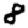
Digit: 8